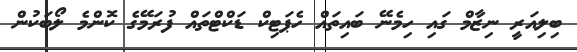
ބިލިއަރީ ނިޒާމް ގައި ހިމެނޭ ބައިތައް ހެޕަޓިކް ޑަކްޓްތައް ފުރަމޭގެ ކޮންމެ ލޯބަކުން